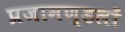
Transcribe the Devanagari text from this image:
प्रजामण्डलों